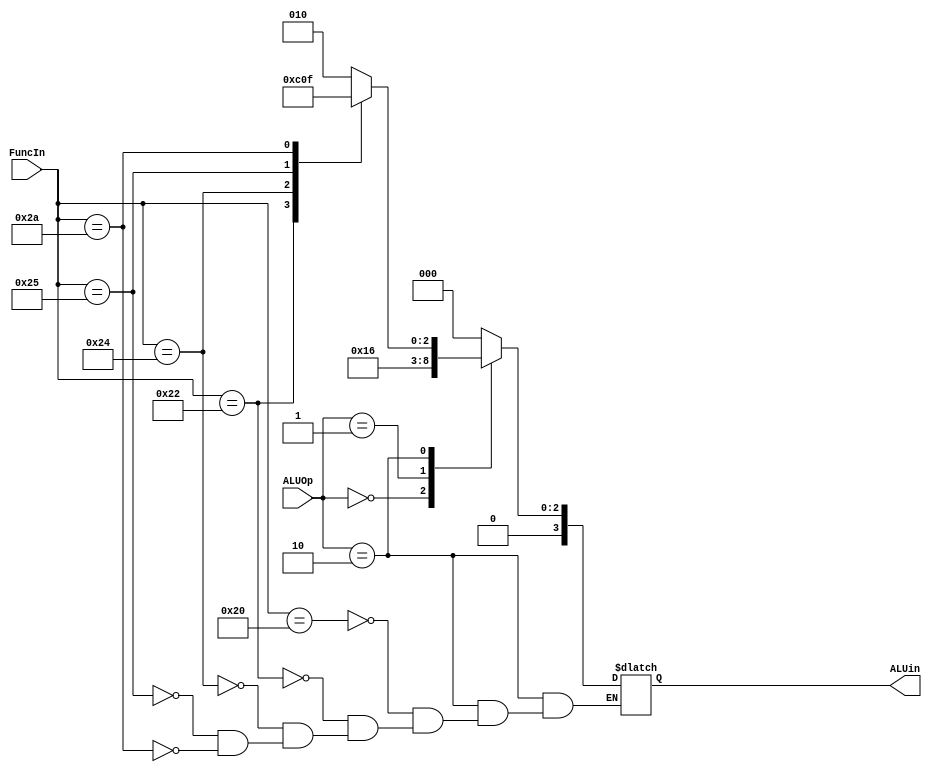
module ALUControl (
    input [5:0]FuncIn,
    input [1:0]ALUOp,
    output reg [3:0]ALUin
);


always @(*) begin
    case (ALUOp)
        2'b00:
            ALUin = 4'b0010;
        2'b01:
            ALUin = 4'b0110;
        2'b10:
            case (FuncIn)
                6'b100000:
                    ALUin = 4'b0010;
                6'b100010:
                    ALUin = 4'b0110;
                6'b100100:
                    ALUin = 4'b0000;
                6'b100101:
                    ALUin = 4'b0001;
                6'b101010:
                    ALUin = 4'b0111; 
            endcase
        default: 
            ALUin = 4'd0;
    endcase
end


endmodule